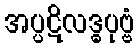
အပ္ပဋိလဒ္ဓပုဗ္ဗံ